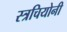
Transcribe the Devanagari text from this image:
स्त्रचियोनी